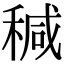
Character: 𥠆